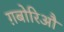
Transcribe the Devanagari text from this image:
ग़बोरिऔ